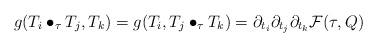
LaTeX: \begin{align*} g(T_i \bullet_\tau T_j, T_k) = g(T_i, T_j \bullet_\tau T_k) = \partial_{t_i} \partial_{t_j} \partial_{t_k} \mathcal{F}(\tau,Q) \end{align*}